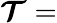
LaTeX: {\boldsymbol{\mathcal{T}}}=